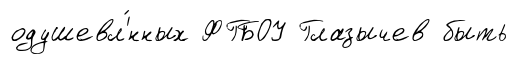
одушевл'́нных ФГБОУ Глазычев быть